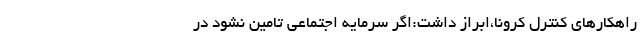
راهکارهای کنترل کرونا،ابراز داشت:اگر سرمایه اجتماعی تامین نشود در